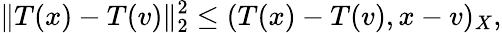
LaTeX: \| T(x)-T(v)\| _{2}^{2}\leq(T(x)-T(v),x-v)_{X},